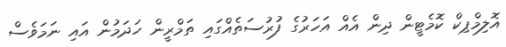
އޮލިމްޕިކް ކޮމެޓީން ދިން އެއް އަހަރުގެ ފުރުސަތެއްގައި ތަމްރީން ހަދަމުން އައި ނަމަވެސް